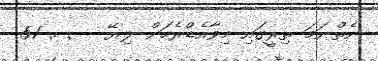
ނެތްނަމަ ތިރީގައި މިވާއެޑްރެހަށް ލިޔޭ